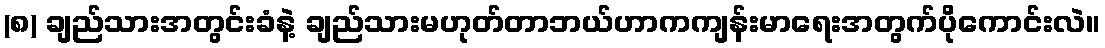
(၈) ချည်သားအတွင်းခံနဲ့ ချည်သားမဟုတ်တာဘယ်ဟာကကျန်းမာရေးအတွက်ပိုကောင်းလဲ။